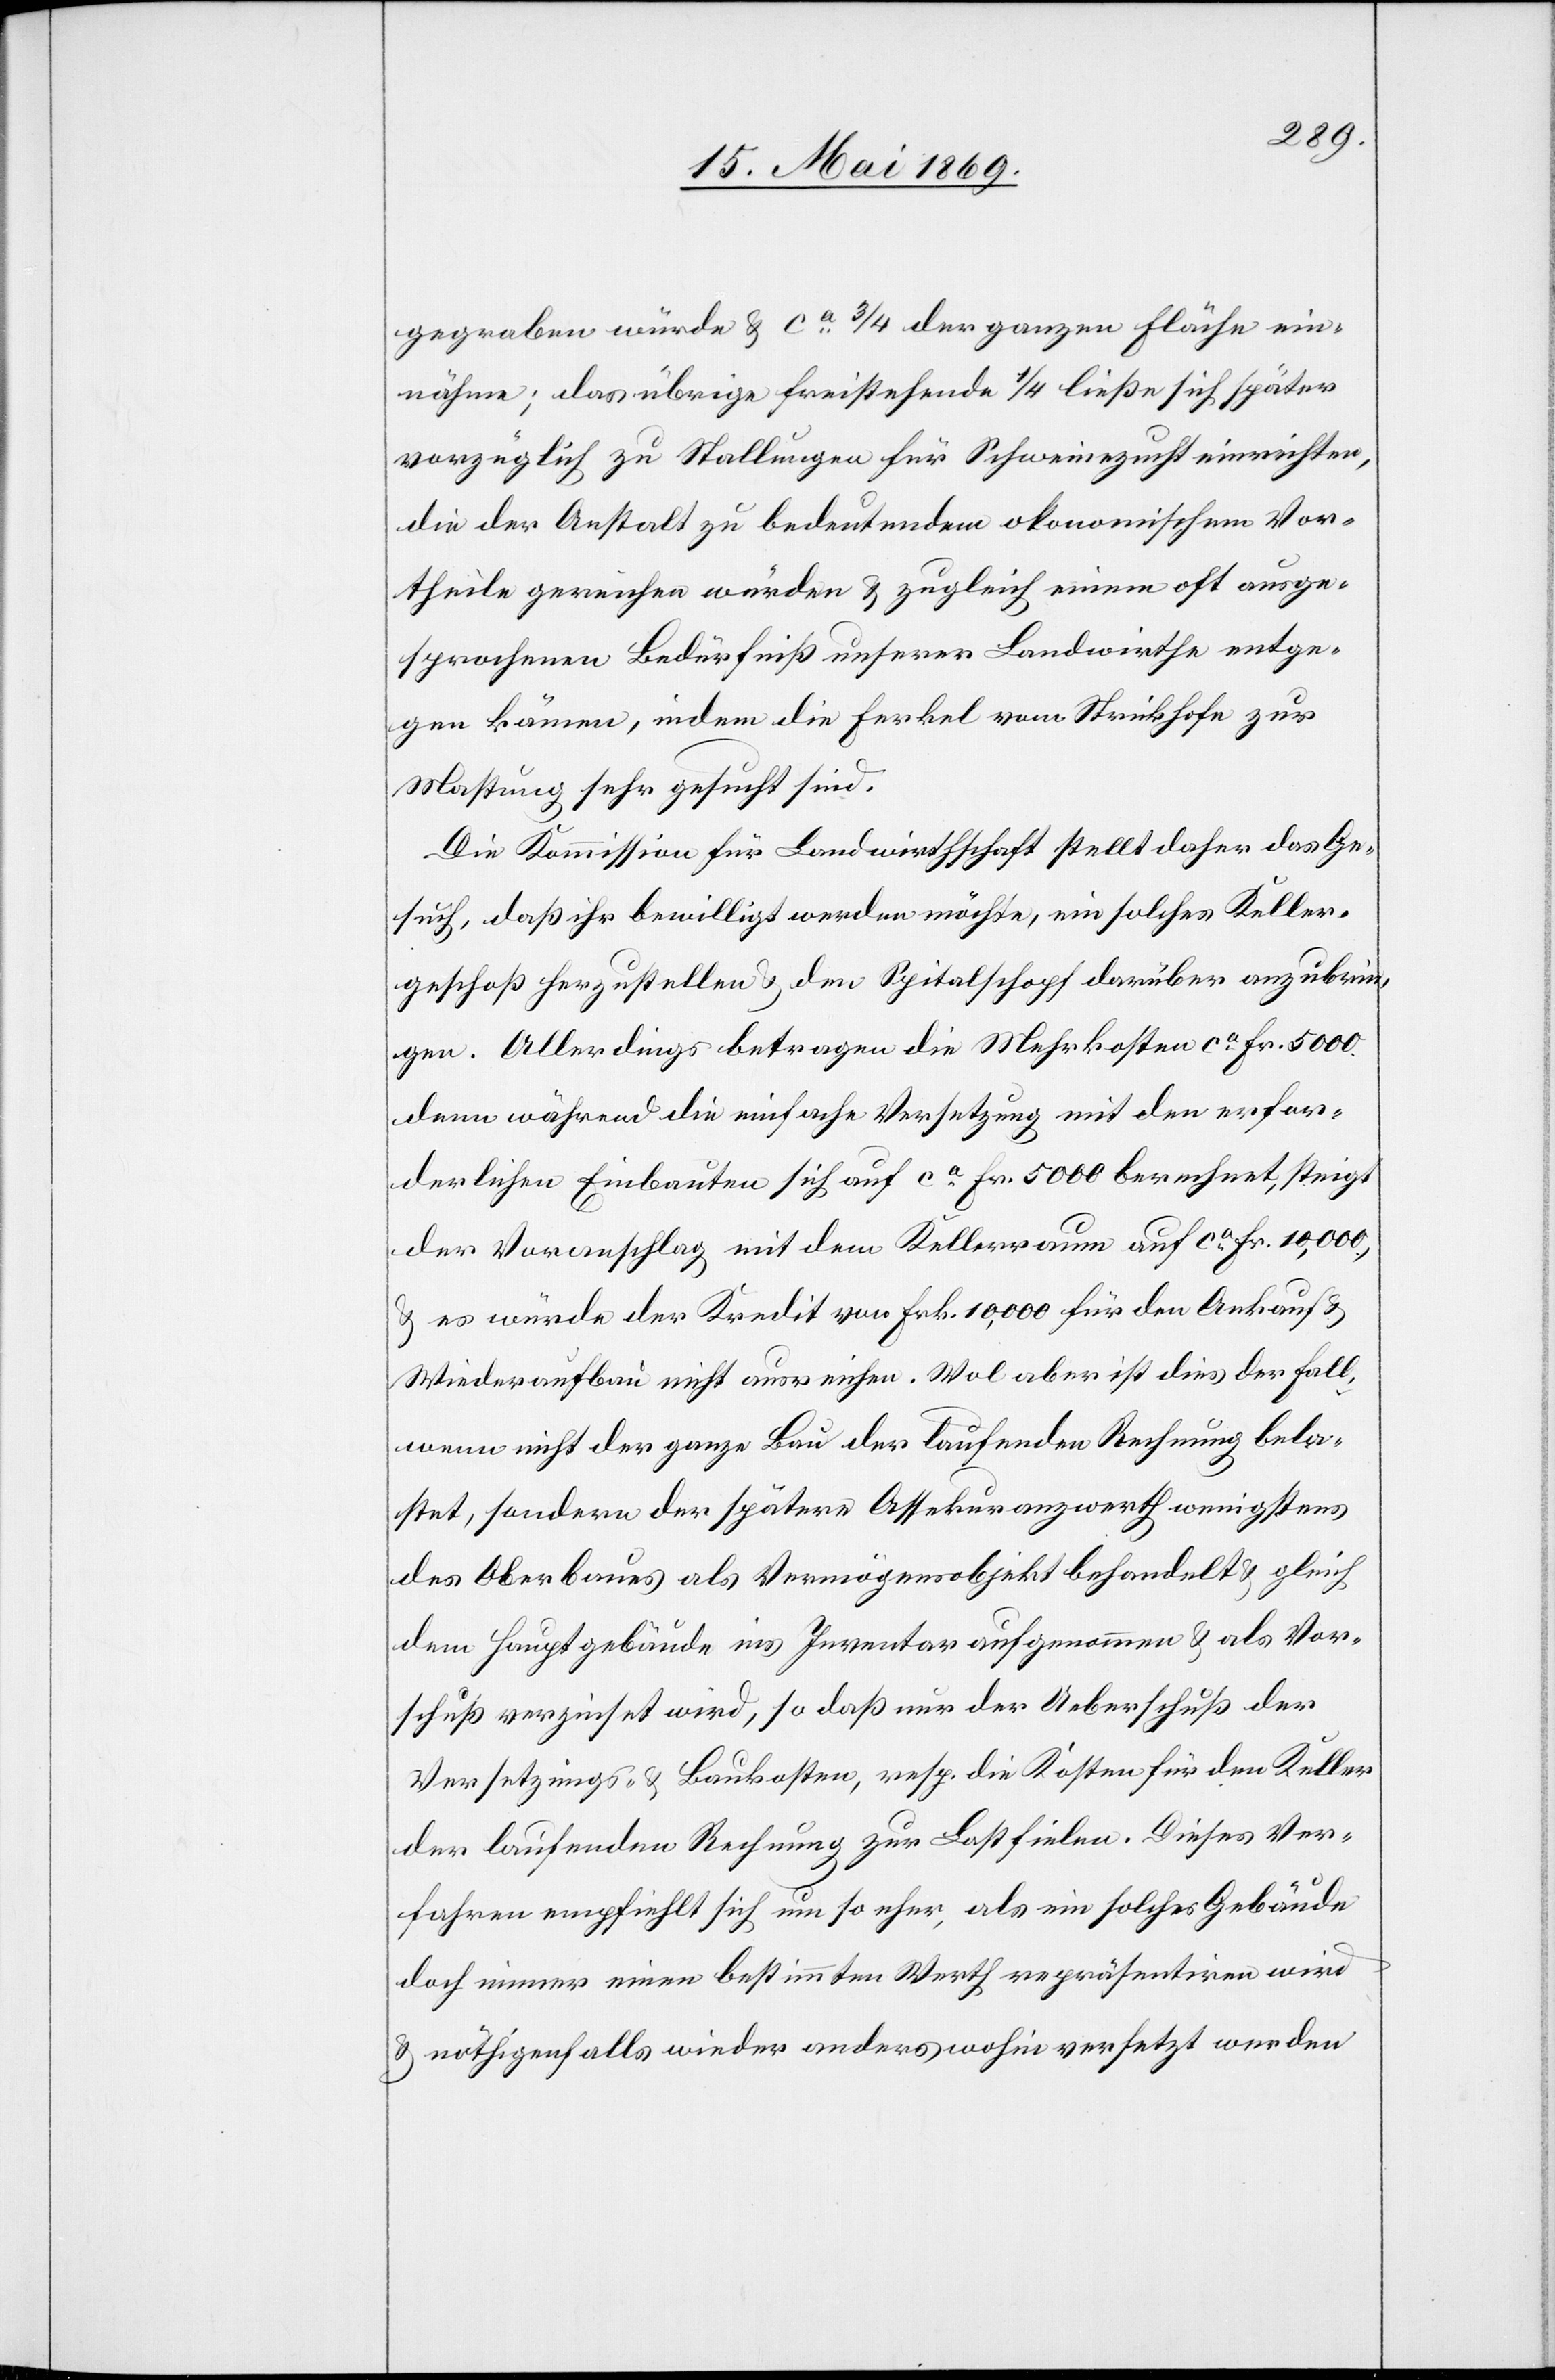
gegeben würde u. ca 3/4 der ganzen Fläche ein¬
nähme; das übrige freistehende 1/4 ließe sich später
vorzüglich zu Stellungen für Schweinzucht einrichten,
die der Anstalt zu bedeutenden okonomischen [sic!] Vor¬
theile geruhen würden u. zugleich einem oft ausge¬
sprochenen Bedürfniß unserer Landwirthe entge¬
gen können, indem die Ferkel vom Strickhofe zur
Mastung sehr gesucht sind.
Die Kommission für Landwirthschaft stellt daher das Ge¬
such, daß ihr bewilligt werden möchte, ein solches Keller¬
geschoß herzustellen u. den Spitalschopf darüber anzubrin¬
gen. Allerdings betragen die Mehrkosten ca Fr 5000.
denn während die einfache Versetzung mit den erfor¬
derlichen Einbauten sich auf ca 5000 berechnet steigt
der Voranschlag mit dem Kellerraum auf ca Fr 10,000,
u. es würde der Kredit von Frk. 10,000 für den Ankauf u.
Wiederaufbau nicht ausreichen. Wol aber ist dies der Fall,
wenn nicht der ganze Bau der laufenden Rechnung bela¬
stet, sondern der spätere Assekuranzwerth wenigstens
des Oberbaues als Vermögensobjekt behandelt u. gleich
dem Hauptgebäude ins Inventar aufgenommen u. als Vor¬
schuß verzinset wird, so daß nur der Ueberschuß der
Versetzungs- u. Baukosten, resp. die Kosten für den Keller
der laufenden Rechnung zur Last fielen. Dieses Ver¬
fahren empfiehlt sich um so eher, als ein solches Gebäude
doch immer einen bestimmten Werth repräsentiren wird
u. nöthigenfalls wieder anders wohin versetzt werden